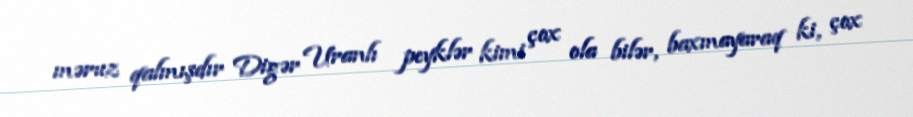
məruz qalmışdır Digər Uranlı peyklər kimi çox ola bilər, baxmayaraq ki, çox